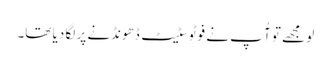
لو مجھے تو آُ پ نے فوٹو سٹیٹ ڈھونڈنے پر لگا دیا تھا۔